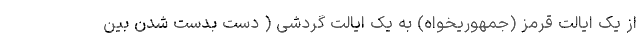
از یک ایالت قرمز (جمهوریخواه) به یک ایالت گردشی ( دست بدست شدن بین